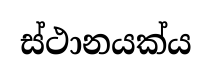
ස්ථානයක්ය